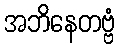
အဘိနေတဗ္ဗံ